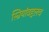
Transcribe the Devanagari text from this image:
स्त्रियांबद्दलच